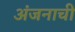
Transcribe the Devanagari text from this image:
अंजनाची